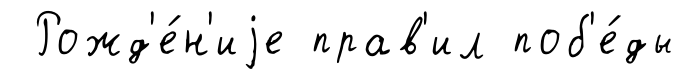
Рожд'е́н'иjе прав'ил поб'е́ды